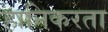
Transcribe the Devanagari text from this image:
हानिकरता